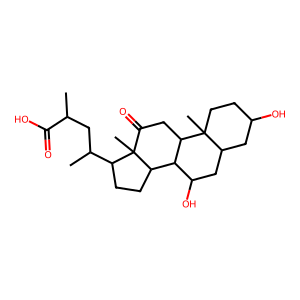
SMILES: CC(CC(C)C1CCC2C3C(O)CC4CC(O)CCC4(C)C3CC(=O)C12C)C(=O)O
Inhibits HIV replication: No